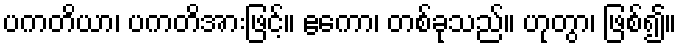
ပကတိယာ၊ ပကတိအားဖြင့်။ ဧကော၊ တစ်ခုသည်။ ဟုတွာ၊ ဖြစ်၍။